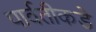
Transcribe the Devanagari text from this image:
पार्वतीकडे